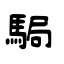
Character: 駶